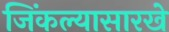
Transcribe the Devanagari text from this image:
जिंकल्यासारखे